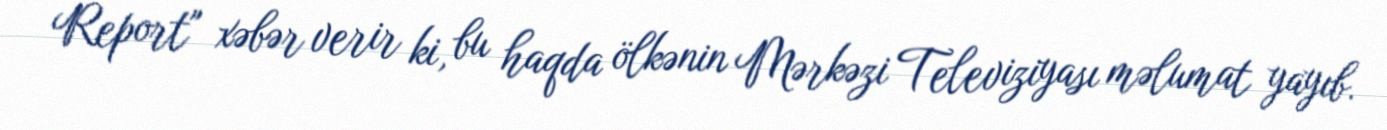
Report" xəbər verir ki, bu haqda ölkənin Mərkəzi Televiziyası məlumat yayıb.